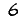
Digit: 6